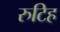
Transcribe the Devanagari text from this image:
रुटिह